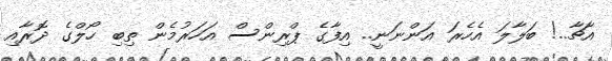
އާޗާ..! ބަލާލަ އެހެރަ އަންނަނީ.. އިފާގެ ޕްރިންސް އަހަރުމެން ތިިބި ހޯލްގެ ދޮރާއި